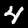
Digit: 4